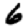
Digit: 6